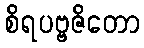
စိရပဗ္ဗဇိတော